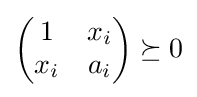
\left({\begin{matrix}1&x_{i}\\x_{i}&a_{i}\end{matrix}}\right)\succeq 0